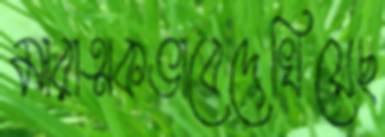
মারাত্মকভাবেদেখিয়েছ